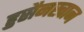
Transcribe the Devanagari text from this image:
हुसैनखान